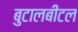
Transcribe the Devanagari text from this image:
बुटालबीटल